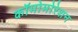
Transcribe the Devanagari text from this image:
कॉमोमोरेशन